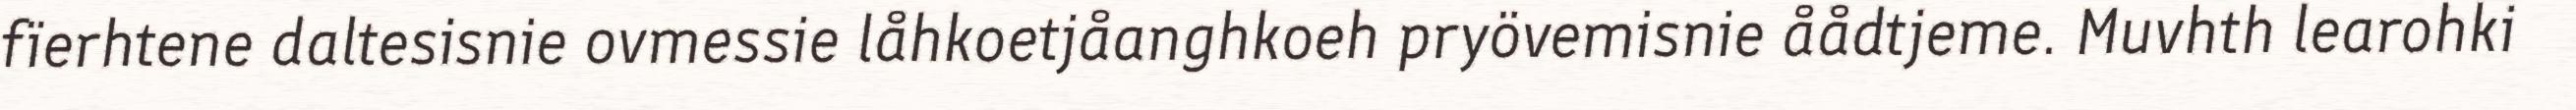
fïerhtene daltesisnie ovmessie låhkoetjåanghkoeh pryövemisnie åådtjeme. Muvhth learohki